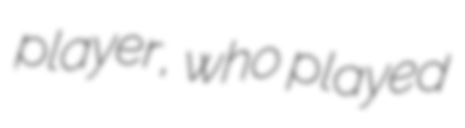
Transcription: player, who played